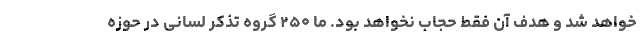
خواهد شد و هدف آن فقط حجاب نخواهد بود. ما ۲۵۰ گروه تذکر لسانی در حوزه